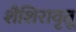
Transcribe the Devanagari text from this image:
शैशिरावृतू